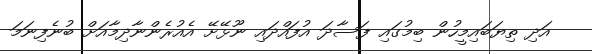
އަދި ތިޔަބައިމީހުން ބިމުގައި ފަސާދަ އުފައްދައި ނޫޅޭށޭ އެއުރެންނާދިމާއަށް ބުނެފިނަމަ